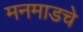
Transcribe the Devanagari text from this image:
मनमाडचे